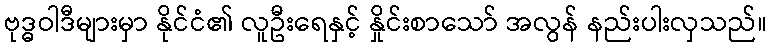
ဗုဒ္ဓဝါဒီများမှာ နိုင်ငံ၏ လူဦးရေနှင့် နှိုင်းစာသော် အလွန် နည်းပါးလှသည်။